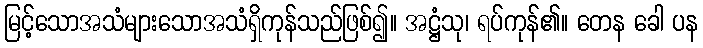
မြင့်သောအသံများသောအသံရှိကုန်သည်ဖြစ်၍။ အဋ္ဌံသု၊ ရပ်ကုန်၏။ တေန ခေါ ပန